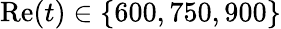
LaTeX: \mathrm{Re}(t)\in\{ 600,750,900\}